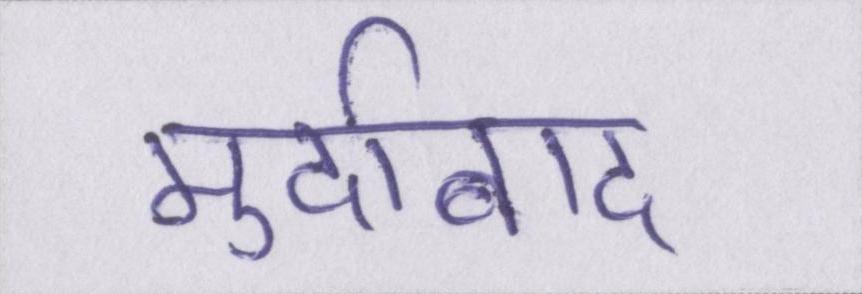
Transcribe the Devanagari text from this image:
मुर्दाबाद